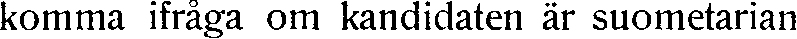
komma ifråga om kandidaten är suometarian